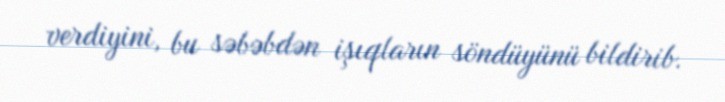
verdiyini, bu səbəbdən işıqların söndüyünü bildirib.